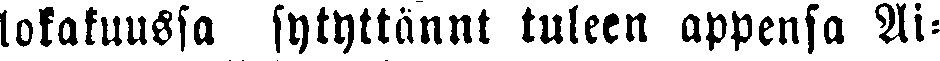
lokakuussa sytyttännt tuleen appensa Ai-